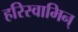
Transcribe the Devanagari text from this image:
हरिस्वामिन्